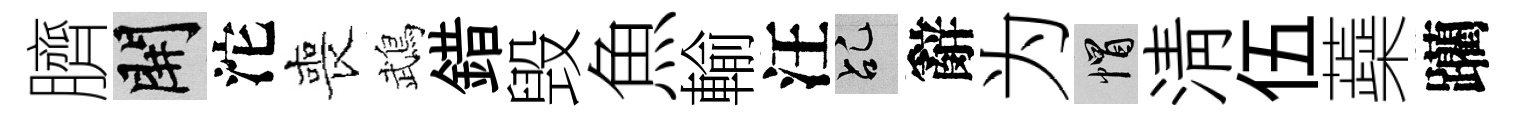
臍開沱喪鵡錯毁魚輸汪乩辭为帽淸伍蘃躪